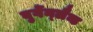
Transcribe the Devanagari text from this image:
बुर्गेन्लैन्ड